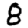
Digit: 8